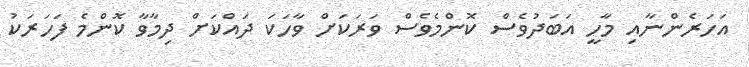
އަހަރެންނާއި މާހީ އަބަދުވެސް ކޮންމެވެސް ވަރަކަށް ވާހަކަ ދައްކަށް ދިމާވާ ކޮންމެ ފަހަރަކު